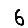
Digit: 6